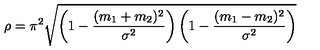
\rho = \pi ^ { 2 } \sqrt { \left( 1 - \frac { ( m _ { 1 } + m _ { 2 } ) ^ { 2 } } { \sigma ^ { 2 } } \right) \left( 1 - \frac { ( m _ { 1 } - m _ { 2 } ) ^ { 2 } } { \sigma ^ { 2 } } \right) }